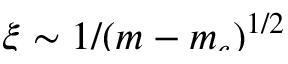
\smash { \xi \sim 1 / ( m - m _ { c } ) ^ { 1 / 2 } }